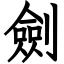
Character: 劍